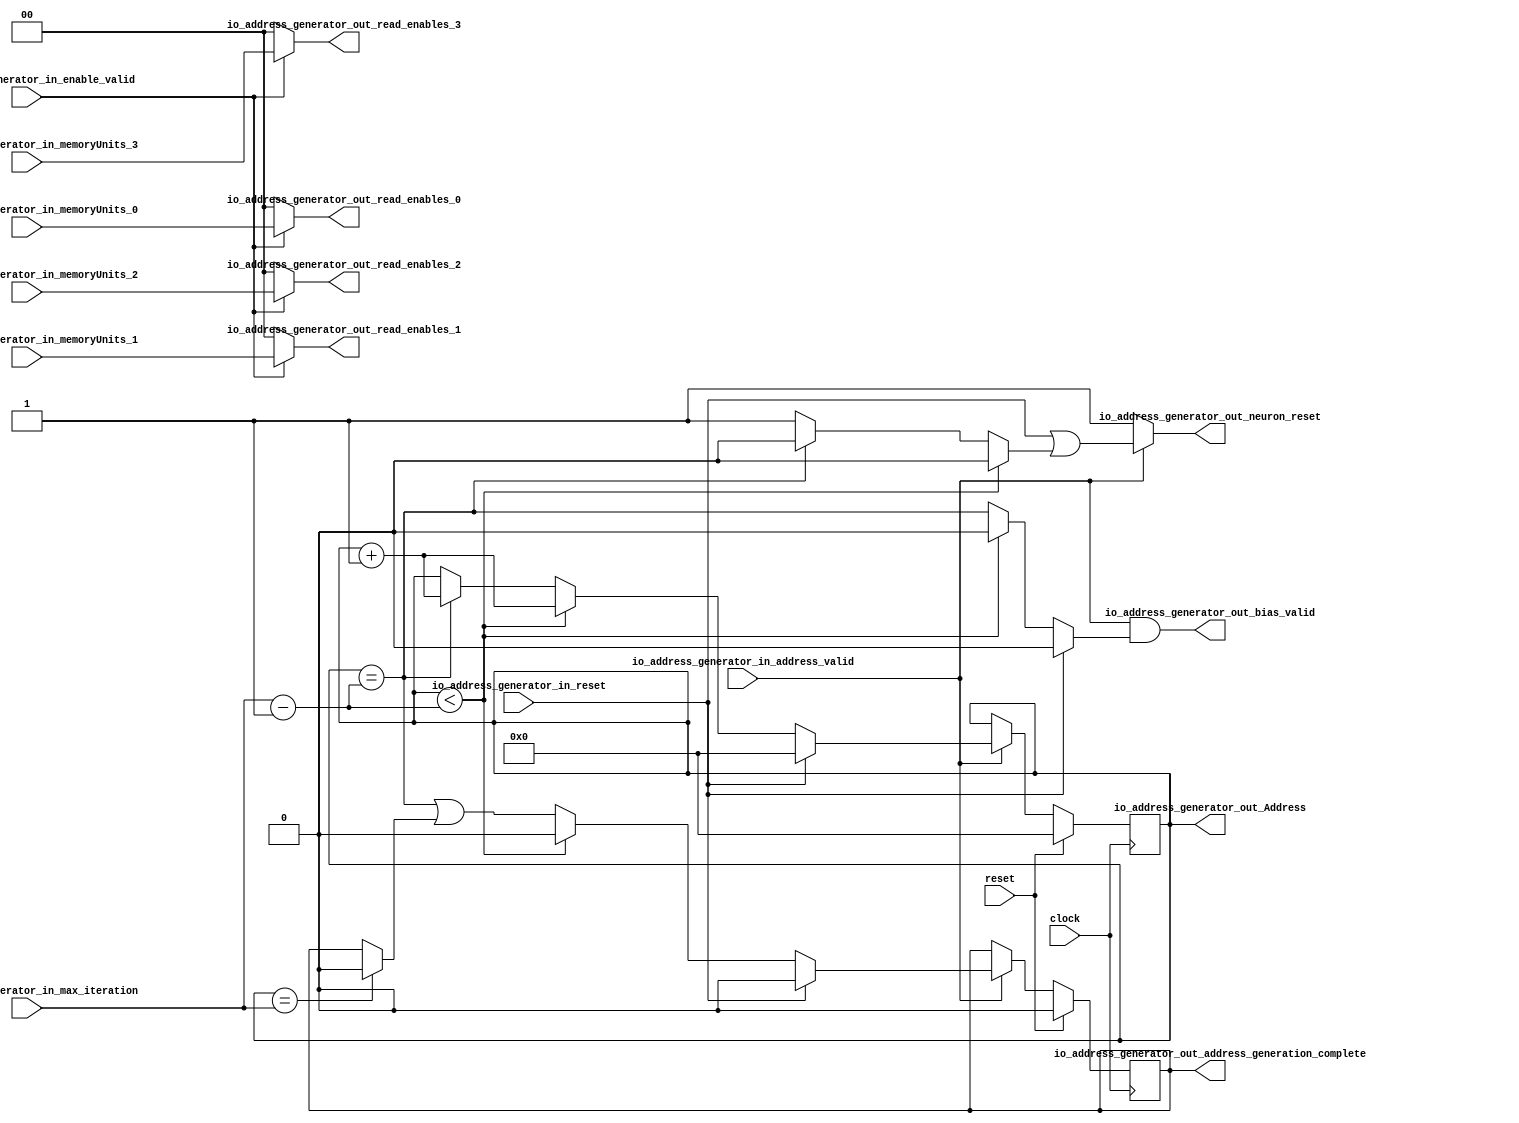
module AddressGenerator(
  input         clock,
  input         reset,
  input  [1:0]  io_address_generator_in_memoryUnits_0,
  input  [1:0]  io_address_generator_in_memoryUnits_1,
  input  [1:0]  io_address_generator_in_memoryUnits_2,
  input  [1:0]  io_address_generator_in_memoryUnits_3,
  input  [15:0] io_address_generator_in_max_iteration,
  input         io_address_generator_in_address_valid,
  input         io_address_generator_in_enable_valid,
  input         io_address_generator_in_reset,
  output [15:0] io_address_generator_out_Address,
  output [1:0]  io_address_generator_out_read_enables_0,
  output [1:0]  io_address_generator_out_read_enables_1,
  output [1:0]  io_address_generator_out_read_enables_2,
  output [1:0]  io_address_generator_out_read_enables_3,
  output        io_address_generator_out_bias_valid,
  output        io_address_generator_out_neuron_reset,
  output        io_address_generator_out_address_generation_complete
);
`ifdef RANDOMIZE_REG_INIT
  reg [31:0] _RAND_0;
  reg [31:0] _RAND_1;
`endif // RANDOMIZE_REG_INIT
  reg [15:0] Address; // @[addressGenerator.scala 40:26]
  reg  address_generation_complete; // @[addressGenerator.scala 42:46]
  wire [15:0] _T_1 = io_address_generator_in_max_iteration - 16'h1; // @[addressGenerator.scala 70:68]
  wire [15:0] _Address_T_1 = Address + 16'h1; // @[addressGenerator.scala 74:32]
  wire  _T_5 = Address == _T_1; // @[addressGenerator.scala 77:29]
  wire  _GEN_4 = Address == io_address_generator_in_max_iteration ? 1'h0 : address_generation_complete; // @[addressGenerator.scala 84:71 85:41 42:46]
  wire  _GEN_7 = Address == _T_1 ? 1'h0 : 1'h1; // @[addressGenerator.scala 77:77 78:51]
  wire [15:0] _GEN_9 = Address == _T_1 ? _Address_T_1 : Address; // @[addressGenerator.scala 77:77 81:21 40:26]
  wire  _GEN_10 = Address == _T_1 | _GEN_4; // @[addressGenerator.scala 77:77 82:41]
  wire  _GEN_11 = Address < _T_1 ? 1'h0 : _GEN_7; // @[addressGenerator.scala 70:73 71:51]
  wire  _GEN_12 = Address < _T_1 ? 1'h0 : _T_5; // @[addressGenerator.scala 70:73 72:49]
  wire  _GEN_15 = io_address_generator_in_reset | _GEN_11; // @[addressGenerator.scala 63:44 64:51]
  wire  _GEN_16 = io_address_generator_in_reset ? 1'h0 : _GEN_12; // @[addressGenerator.scala 63:44 65:49]
  assign io_address_generator_out_Address = Address; // @[addressGenerator.scala 94:38]
  assign io_address_generator_out_read_enables_0 = io_address_generator_in_enable_valid ?
    io_address_generator_in_memoryUnits_0 : 2'h0; // @[addressGenerator.scala 47:47 50:24 56:24]
  assign io_address_generator_out_read_enables_1 = io_address_generator_in_enable_valid ?
    io_address_generator_in_memoryUnits_1 : 2'h0; // @[addressGenerator.scala 47:47 50:24 56:24]
  assign io_address_generator_out_read_enables_2 = io_address_generator_in_enable_valid ?
    io_address_generator_in_memoryUnits_2 : 2'h0; // @[addressGenerator.scala 47:47 50:24 56:24]
  assign io_address_generator_out_read_enables_3 = io_address_generator_in_enable_valid ?
    io_address_generator_in_memoryUnits_3 : 2'h0; // @[addressGenerator.scala 47:47 50:24 56:24]
  assign io_address_generator_out_bias_valid = io_address_generator_in_address_valid & _GEN_16; // @[addressGenerator.scala 45:41 62:48]
  assign io_address_generator_out_neuron_reset = io_address_generator_in_address_valid ? _GEN_15 : 1'h1; // @[addressGenerator.scala 44:43 62:48]
  assign io_address_generator_out_address_generation_complete = address_generation_complete; // @[addressGenerator.scala 95:58]
  always @(posedge clock) begin
    if (reset) begin // @[addressGenerator.scala 40:26]
      Address <= 16'h0; // @[addressGenerator.scala 40:26]
    end else if (io_address_generator_in_address_valid) begin // @[addressGenerator.scala 62:48]
      if (io_address_generator_in_reset) begin // @[addressGenerator.scala 63:44]
        Address <= 16'h0; // @[addressGenerator.scala 67:21]
      end else if (Address < _T_1) begin // @[addressGenerator.scala 70:73]
        Address <= _Address_T_1; // @[addressGenerator.scala 74:21]
      end else begin
        Address <= _GEN_9;
      end
    end
    if (reset) begin // @[addressGenerator.scala 42:46]
      address_generation_complete <= 1'h0; // @[addressGenerator.scala 42:46]
    end else if (io_address_generator_in_address_valid) begin // @[addressGenerator.scala 62:48]
      if (io_address_generator_in_reset) begin // @[addressGenerator.scala 63:44]
        address_generation_complete <= 1'h0; // @[addressGenerator.scala 68:41]
      end else if (Address < _T_1) begin // @[addressGenerator.scala 70:73]
        address_generation_complete <= 1'h0; // @[addressGenerator.scala 75:41]
      end else begin
        address_generation_complete <= _GEN_10;
      end
    end
  end
// Register and memory initialization
`ifdef RANDOMIZE_GARBAGE_ASSIGN
`define RANDOMIZE
`endif
`ifdef RANDOMIZE_INVALID_ASSIGN
`define RANDOMIZE
`endif
`ifdef RANDOMIZE_REG_INIT
`define RANDOMIZE
`endif
`ifdef RANDOMIZE_MEM_INIT
`define RANDOMIZE
`endif
`ifndef RANDOM
`define RANDOM $random
`endif
`ifdef RANDOMIZE_MEM_INIT
  integer initvar;
`endif
`ifndef SYNTHESIS
`ifdef FIRRTL_BEFORE_INITIAL
`FIRRTL_BEFORE_INITIAL
`endif
initial begin
  `ifdef RANDOMIZE
    `ifdef INIT_RANDOM
      `INIT_RANDOM
    `endif
    `ifndef VERILATOR
      `ifdef RANDOMIZE_DELAY
        #`RANDOMIZE_DELAY begin end
      `else
        #0.002 begin end
      `endif
    `endif
`ifdef RANDOMIZE_REG_INIT
  _RAND_0 = {1{`RANDOM}};
  Address = _RAND_0[15:0];
  _RAND_1 = {1{`RANDOM}};
  address_generation_complete = _RAND_1[0:0];
`endif // RANDOMIZE_REG_INIT
  `endif // RANDOMIZE
end // initial
`ifdef FIRRTL_AFTER_INITIAL
`FIRRTL_AFTER_INITIAL
`endif
`endif // SYNTHESIS
endmodule